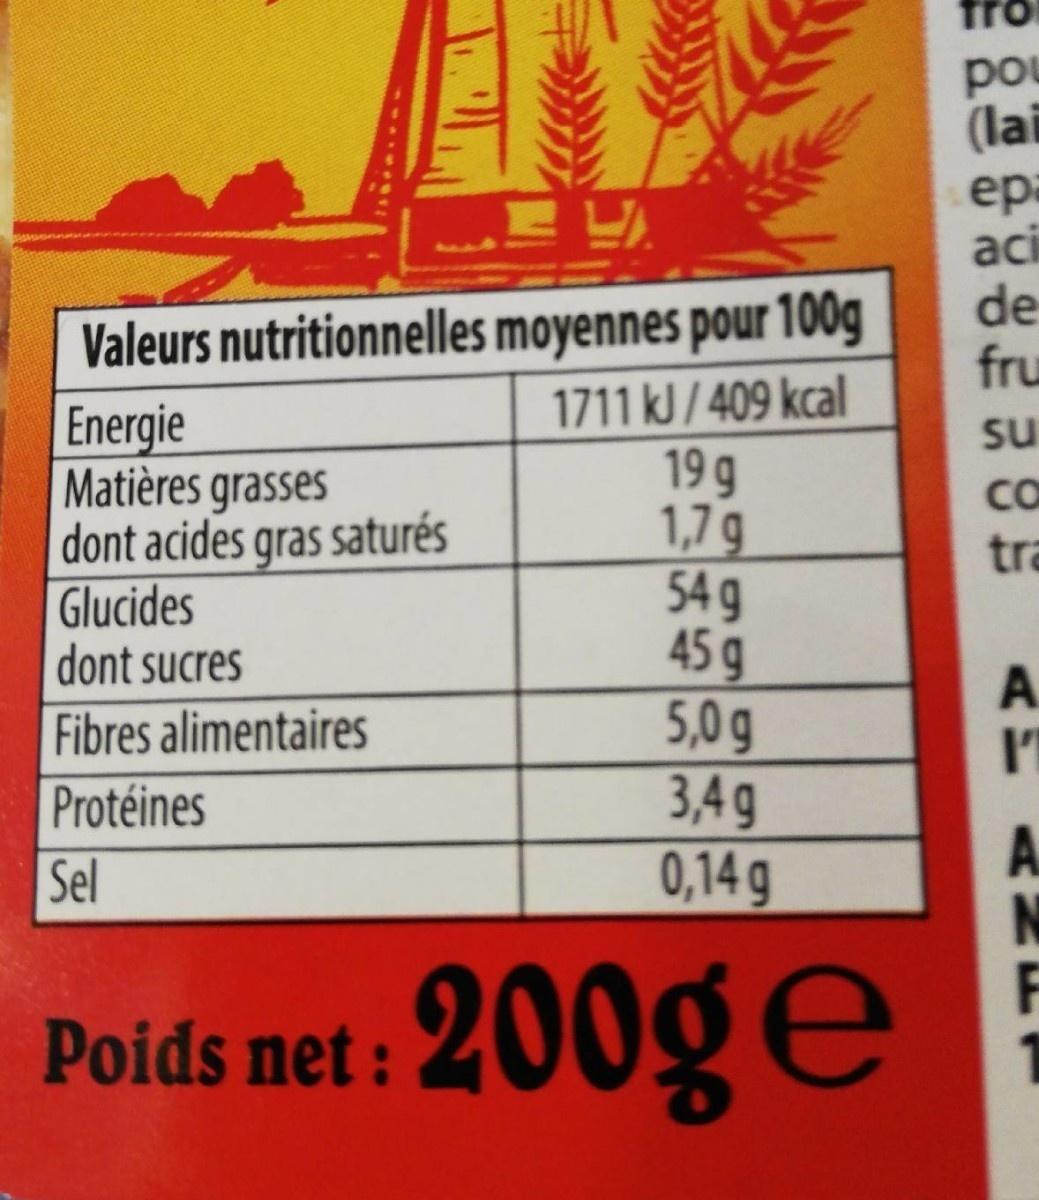
fro
pou (lai
epa aci de fru
Valeurs nutritionnelles moyennes pour 100g 1711 kJ / 409 kcal 19 g 1,7 g 54 g 45 g 5,0g 3,4g 0,14 g
Energie Matières grasses dont acides gras saturés Glucides dont sucres
su
Ca
tra
Fibres alimentaires
Protéines
A N F
Sel
200gE
Poids net: